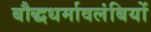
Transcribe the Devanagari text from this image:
बौद्धधर्मावलंबियों